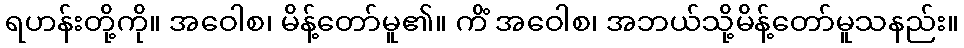
ရဟန်းတို့ကို။ အဝေါစ၊ မိန့်တော်မူ၏။ ကိံ အဝေါစ၊ အဘယ်သို့မိန့်တော်မူသနည်း။